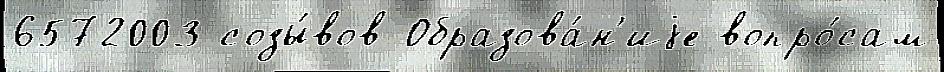
6572003 созы́вов Образова́н'иjе вопро́сам